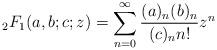
LaTeX: \begin{align*}{}_2 F_1(a,b;c;z) = \sum_{n=0}^\infty \frac{(a)_n (b)_n}{(c)_n n!} z^n \end{align*}